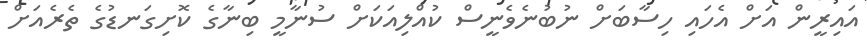
އައިރީން އަށް އެހައި ހިސާބަށް ނުބުނެވެނީސް ކުއްލިއަކަށް ސުނާމީ ބިނާގެ ކޮށިގަނޑުގެ ތެރެއަށް